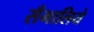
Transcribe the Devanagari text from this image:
सँभालिये